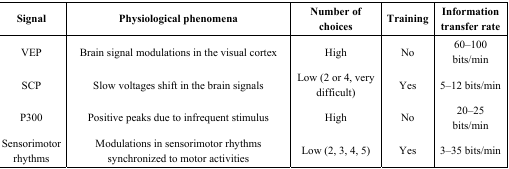
| Signal | Physiological phenomena | Number of choices | Training | Information transfer rate |
 | --- | --- | --- | --- | --- |
 | VEP | Brain signal modulations in the visual cortex | High | No | 60–100 bits/min |
 | SCP | Slow voltages shift in the brain signals | Low (2 or 4, very difficult) | Yes | 5–12 bits/min |
 | P300 | Positive peaks due to infrequent stimulus | High | No | 20–25 bits/min |
 | Sensorimotor rhythms | Modulations in sensorimotor rhythms synchronized to motor activities | Low (2, 3, 4, 5) | Yes | 3–35 bits/min |